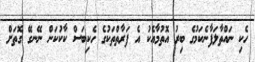
ހެކި ނައްތާލަފާނެކަމުގެ ބިރު އޮތުމާއެކު އެ ފަރާތްތަކުގެ ހެކިބަސް ކާކުކަން ނޭނގޭ ގޮތަށް